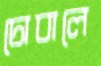
চোবালে